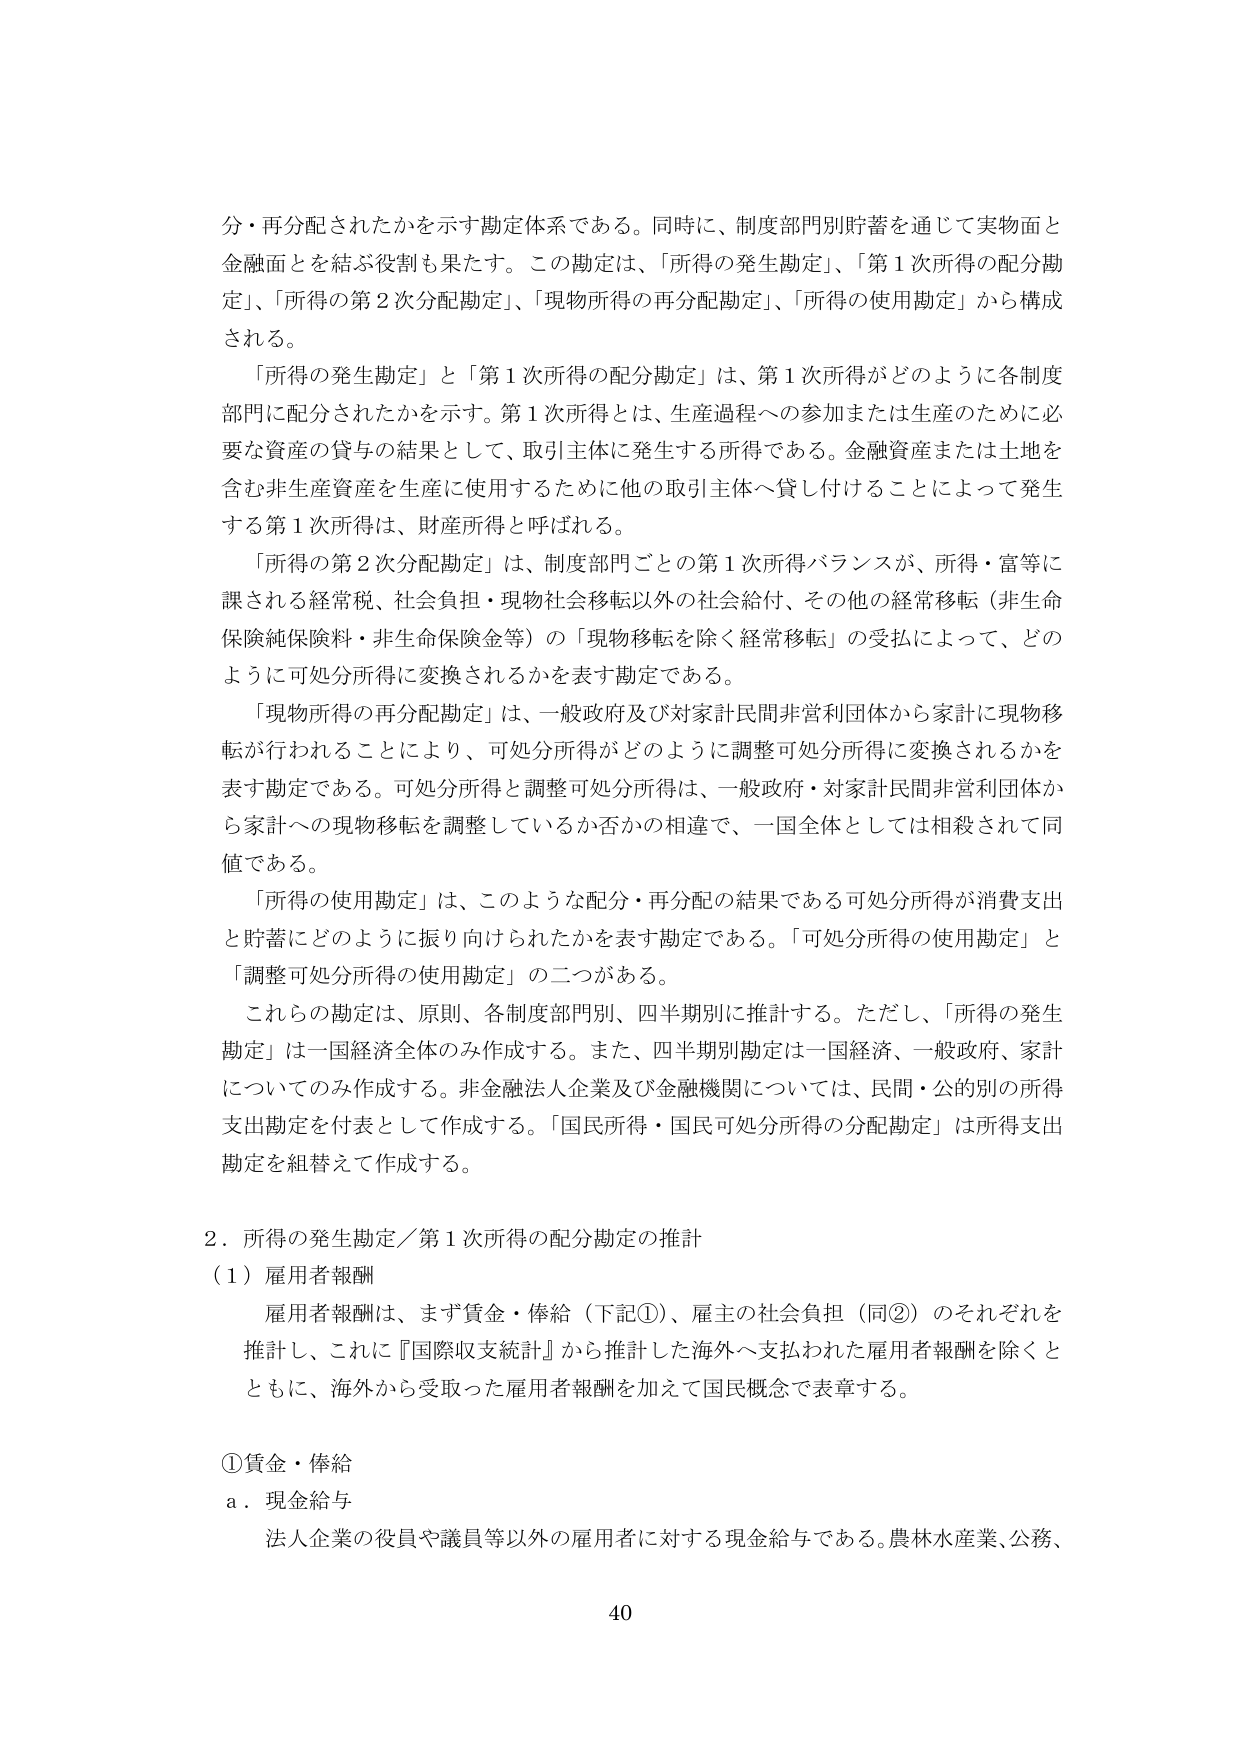
分・再分配されたかを示す勘定体系である。同時に、制度部門別貯蓄を通じて実物面と金融面とを結ぶ役割も果たす。この勘定は、「所得の発生勘定」、「第１次所得の配分勘定」、「所得の第２次分配勘定」、「現物所得の再分配勘定」、「所得の使用勘定」から構成される。

「所得の発生勘定」と「第１次所得の配分勘定」は、第１次所得がどのように各制度部門に配分されたかを示す。第１次所得とは、生産過程への参加または生産のために必要な資産の貸与の結果として、取引主体に発生する所得である。金融資産または土地を含む非生産資産を生産に使用するために他の取引主体へ貸し付けることによって発生する第１次所得は、財産所得と呼ばれる。

「所得の第２次分配勘定」は、制度部門ごとの第１次所得バランスが、所得・富等に課される経常税、社会負担・現物社会移転以外の社会給付、その他の経常移転（非生命保険純保険料・非生命保険金等）の「現物移転を除く経常移転」の受払によって、どのように可処分所得に変換されるかを表す勘定である。

「現物所得の再分配勘定」は、一般政府及び対家計民間非営利団体から家計に現物移転が行われることにより、可処分所得がどのように調整可処分所得に変換されるかを表す勘定である。可処分所得と調整可処分所得は、一般政府・対家計民間非営利団体から家計への現物移転を調整しているか否かの相違で、一国全体としては相殺されて同値である。

「所得の使用勘定」は、このような配分・再分配の結果である可処分所得が消費支出と貯蓄にどのように振り向けられたかを表す勘定である。「可処分所得の使用勘定」と「調整可処分所得の使用勘定」の二つがある。

これらの勘定は、原則、各制度部門別、四半期別に推計する。ただし、「所得の発生勘定」は一国経済全体のみ作成する。また、四半期別勘定は一国経済、一般政府、家計についてのみ作成する。非金融法人企業及び金融機関については、民間・公的別の所得支出勘定を付表として作成する。「国民所得・国民可処分所得の分配勘定」は所得支出勘定を組替えて作成する。

２．所得の発生勘定／第１次所得の配分勘定の推計
（１）雇用者報酬
　　雇用者報酬は、まず賃金・俸給（下記①）、雇主の社会負担（同②）のそれぞれを推計し、これに『国際収支統計』から推計した海外へ支払われた雇用者報酬を除くとともに、海外から受取った雇用者報酬を加えて国民概念で表章する。

①賃金・俸給
　ａ．現金給与
　　法人企業の役員や議員等以外の雇用者に対する現金給与である。農林水産業、公務、
40